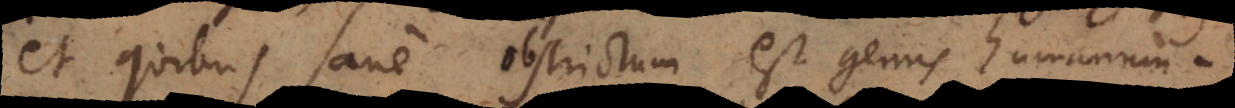
et quibus sane obstrictum est genus humanum.